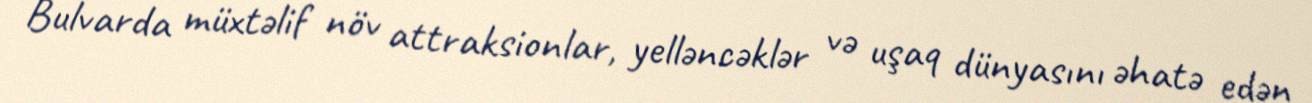
Bulvarda müxtəlif növ attraksionlar, yelləncəklər və uşaq dünyasını əhatə edən